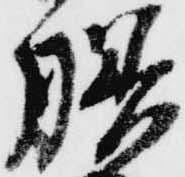
膳